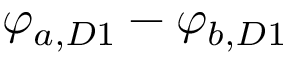
\varphi _ { a , D 1 } - \varphi _ { b , D 1 }